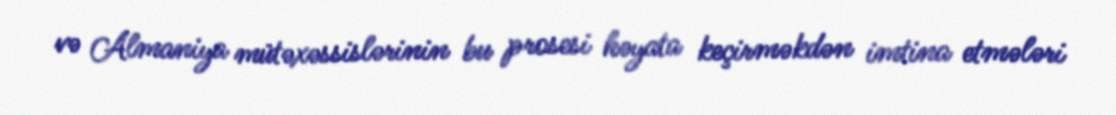
və Almaniya mütəxəssislərinin bu prosesi həyata keçirməkdən imtina etmələri